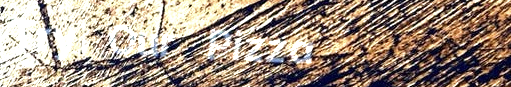
Try Our Pizza